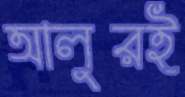
আলুরই